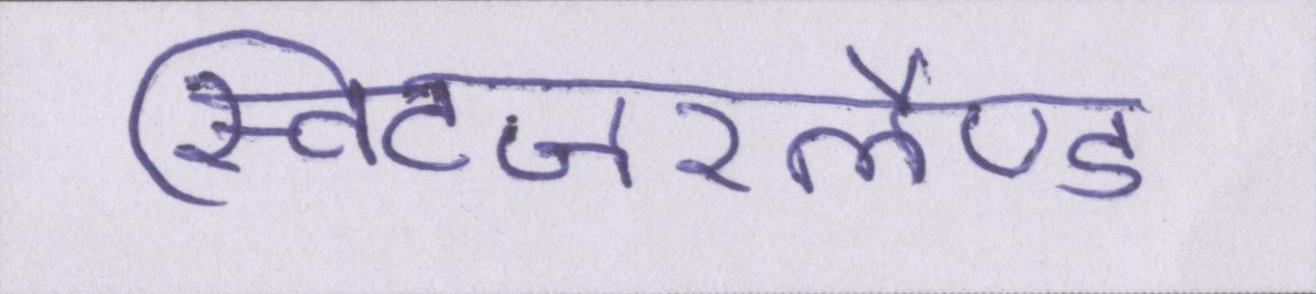
स्विटजरलैण्ड